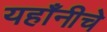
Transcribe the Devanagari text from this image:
यहाँनीचे